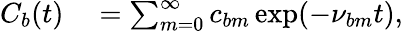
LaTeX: \begin{array}{rl}{C_{b}(t)}&{{}=\sum_{m=0}^{\infty}c_{bm}\exp(-\nu_{bm}t),}\end{array}